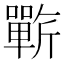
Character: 𰕥